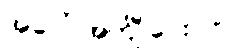
အပေါ် အင်္ကျီ ပေးပါ။